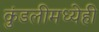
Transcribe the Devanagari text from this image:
कुंडलीमध्येही